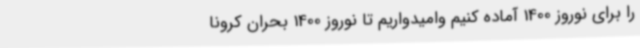
را برای نوروز 1400 آماده کنیم وامیدواریم تا نوروز 1400 بحران کرونا